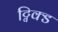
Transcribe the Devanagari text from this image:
ट्विक्ड